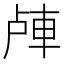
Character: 𲄴